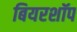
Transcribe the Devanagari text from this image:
बियरशॉप